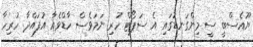
ޔޫއެސްބީ ސީ މިންގަނޑުގައި އެ ސަޕޯޓް ހުރި ނަމަވެސް ހާޑްވެއާ އުފައްދާ ހުރިހާ